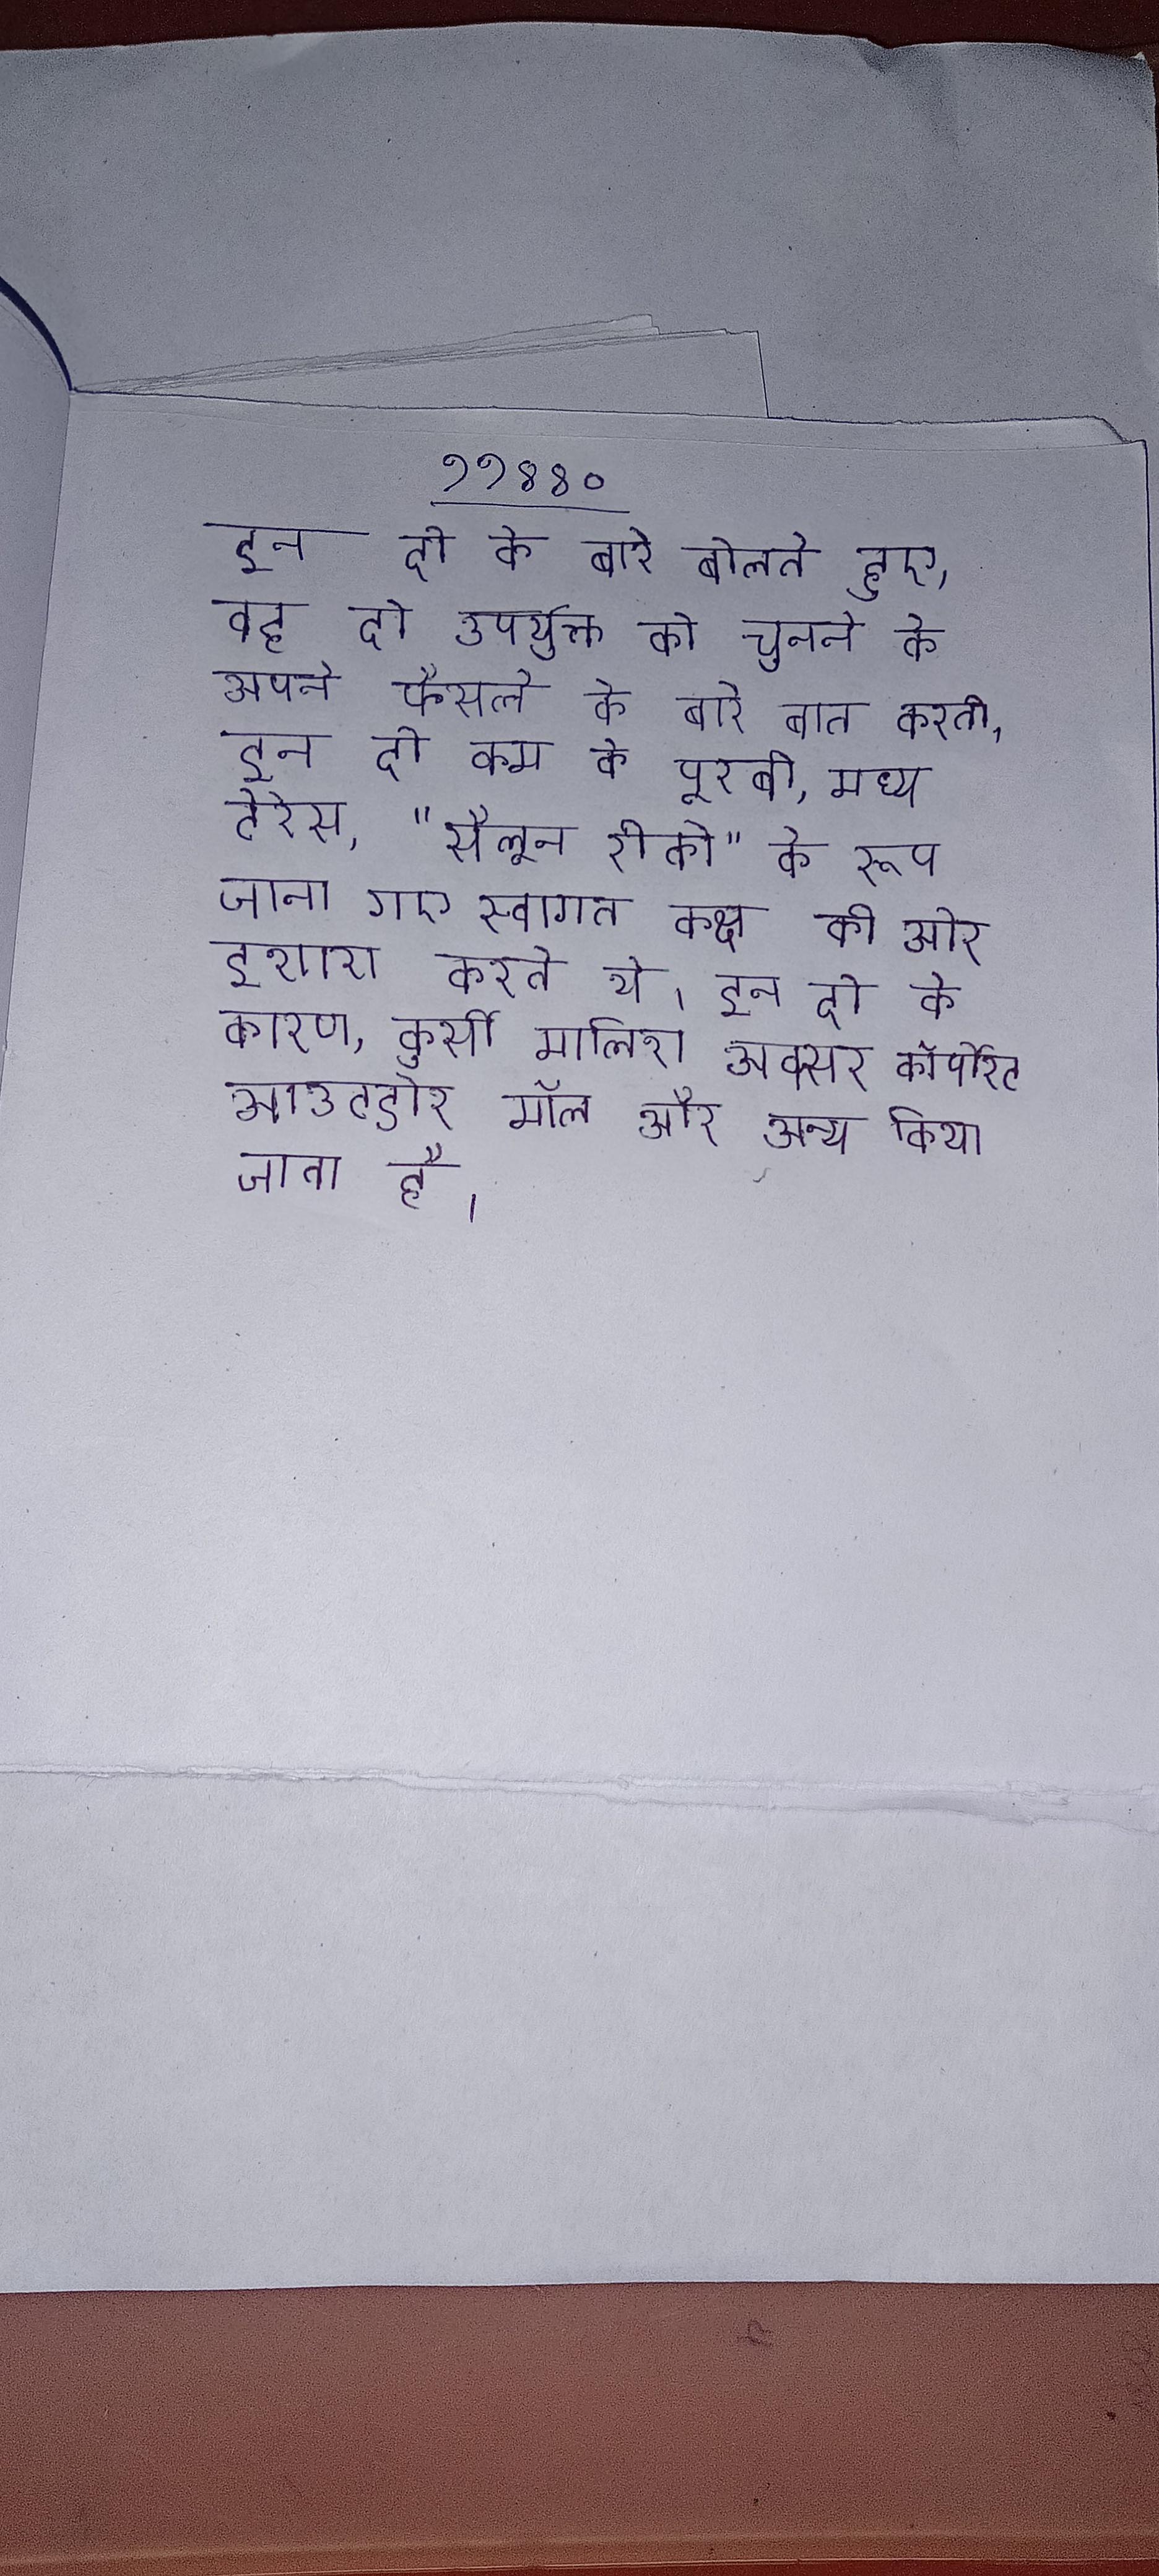
इन दो के बारे बोलते हुए, वह दो उपर्युक्त को चुनने के अपने फैसले के बारे बात करती । इन दो कम के पूरबी, मध्य टेरेस, "सैलून रीको" के रूप जाना गए स्वागत कक्ष की ओर इशारा करते थे । इन दो के कारण, कुर्सी मालिश अक्सर कॉर्पोरेट आउटडोर मॉल और अन्य सार्वजनिक जैसे किया जाता है ।